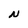
Character: N